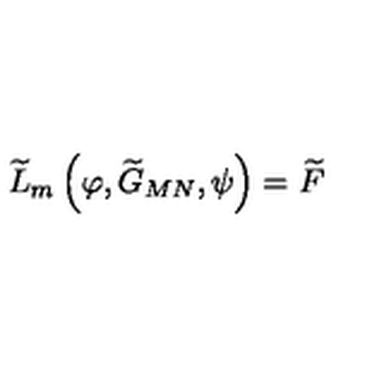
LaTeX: \widetilde { L } _ { m } \left( \varphi , \widetilde { G } _ { M N } , \psi \right) = \widetilde { F }